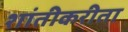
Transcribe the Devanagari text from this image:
शांतीकरीता